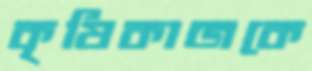
কৃষিকাজকে